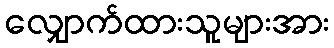
လျှောက်ထားသူများအား